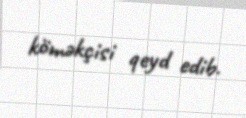
köməkçisi qeyd edib.